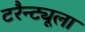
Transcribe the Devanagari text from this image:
टरैन्ट्यूला